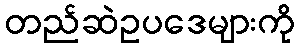
တည်ဆဲဥပဒေများကို